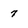
Character: 7